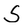
Character: S